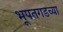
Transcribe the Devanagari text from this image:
भूपतगडच्या